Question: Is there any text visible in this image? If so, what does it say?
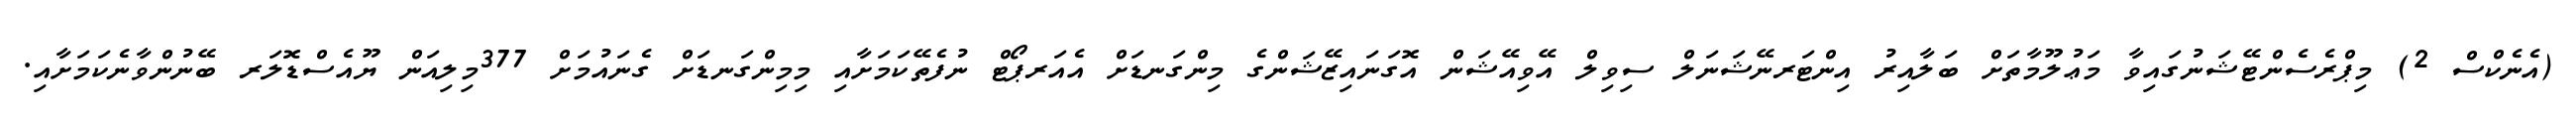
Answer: (އެނެކްސް 2) މިޕްރެސެންޓޭޝަނުގައިވާ މަޢުލޫމާތަށް ބަލާއިރު އިންޓަރނޭޝަނަލް ސިވިލް އޭވިއޭޝަން އޮގަނައިޒޭޝަންގެ މިންގަނޑަށް އެއަރޕޯޓް ނުފެތޭކަމަށާއި މިމިންގަނޑަށް ގެނައުމަށް 377މިލިއަން ޔޫއެސްޑޮލަރ ބޭނުންވާނެކަމަށާއި.